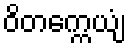
ဝိတက္ကေယျံ